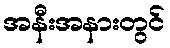
အနီးအနားတွင်